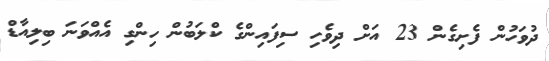
ދުވަހުން ފެށިގެން 23 އަށް ދިވެހި ސިފައިންގެ ކްލަބުން ހިންގި އެއްވަނަ ބިލިއާޑް